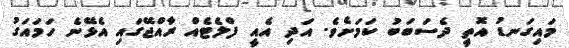
މައިގަނޑު އޮތީ ދެސަބަބު ކަމަށެވެ. އަދި އެއީ ފްލެޓެއް ރާއްޖޭގައި އެޅޭނެ ހަމައަގު